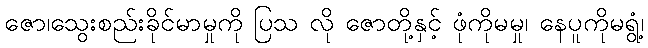
ဇော၊သွေးစည်းခိုင်မာမှုကို ပြသ လို ဇောတို့နှင့် ဖုံကိုမမှု၊ နေပူကိုမရွံ့၊